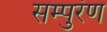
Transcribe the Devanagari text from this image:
सम्पुरंण